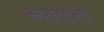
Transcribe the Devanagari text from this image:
मस़रक